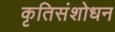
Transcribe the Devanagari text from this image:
कृतिसंशोधन